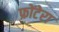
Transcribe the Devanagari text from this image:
फ्रोंटेरा